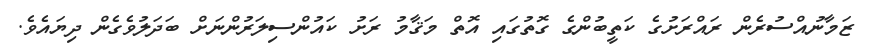
ޒަމާނުއްސުރެން ރައްރަށުގެ ކަތީބުންގެ ގޮތުގައި އޮތް މަޤާމު ރަށު ކައުންސިލަރުންނަށް ބަދަލުވެގެން ދިޔައެވެ.